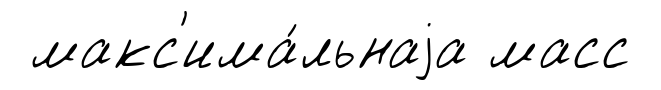
макс'има́льнаjа масс